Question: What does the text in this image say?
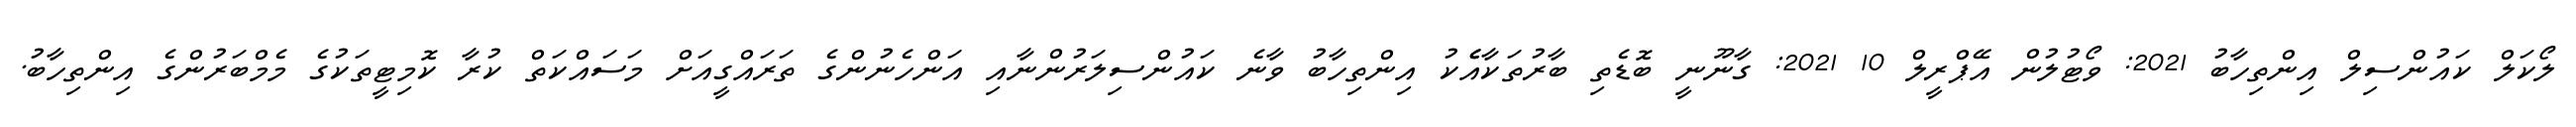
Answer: ލޯކަލް ކައުންސިލް އިންތިހާބު 2021: ވޯޓުލުން އޭޕްރީލް 10 2021: ގާނޫނީ ބޮޑެތި ބާރުތަކާއެެކު އިންތިހާބު ވާނެ ކައުންސިލަރުންނާއި އަންހެނުންގެ ތަރައްގީއަށް މަސައްކަތް ކުރާ ކޮމިޓީތަކުގެ މެމްބަރުންގެ އިންތިހާބު.